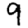
Digit: 9